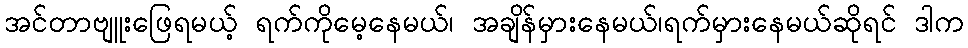
အင်တာဗျူးဖြေရမယ့် ရက်ကိုမေ့နေမယ်၊ အချိန်မှားနေမယ်၊ရက်မှားနေမယ်ဆိုရင် ဒါက